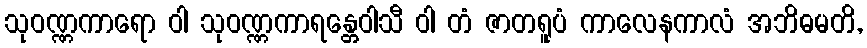
သုဝဏ္ဏကာရော ဝါ သုဝဏ္ဏကာရန္တေဝါသီ ဝါ တံ ဇာတရူပံ ကာလေနကာလံ အဘိဓမတိ,